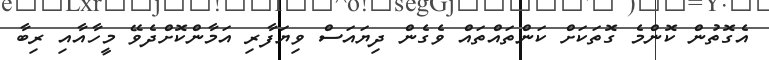
އެގޮތުން ކޮންމެ ގޮތަކަށް ކަންތައްތައް ވެގެން ދިޔައަސް ވިޔަފާރި އަމާންކޮށްދެވޭ މީހާއާއި ރިބާ